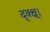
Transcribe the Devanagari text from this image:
द्क्क्ष्।